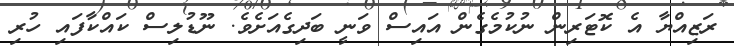
ރަޒިއްޔާ އެ ކޮޓަރިން ނުކުމެގެން އައިސް ވަނީ ބަދިގެއަށެވެ. ނޫޑުލިސް ކައްކާފައި ހުރި